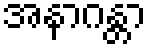
အနာဂန္တာ